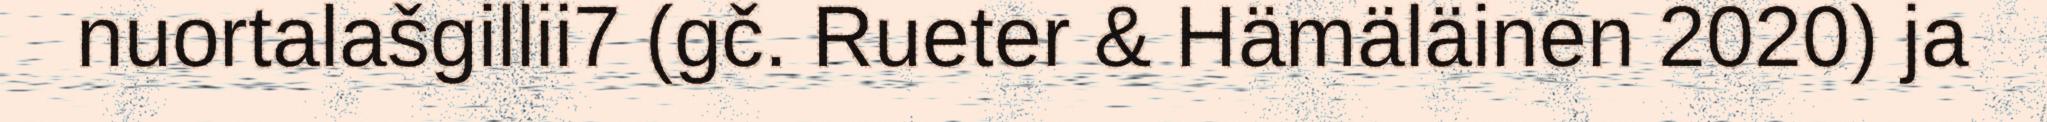
nuortalašgillii7 (gč. Rueter & Hämäläinen 2020) ja